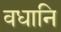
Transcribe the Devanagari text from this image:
वधानि